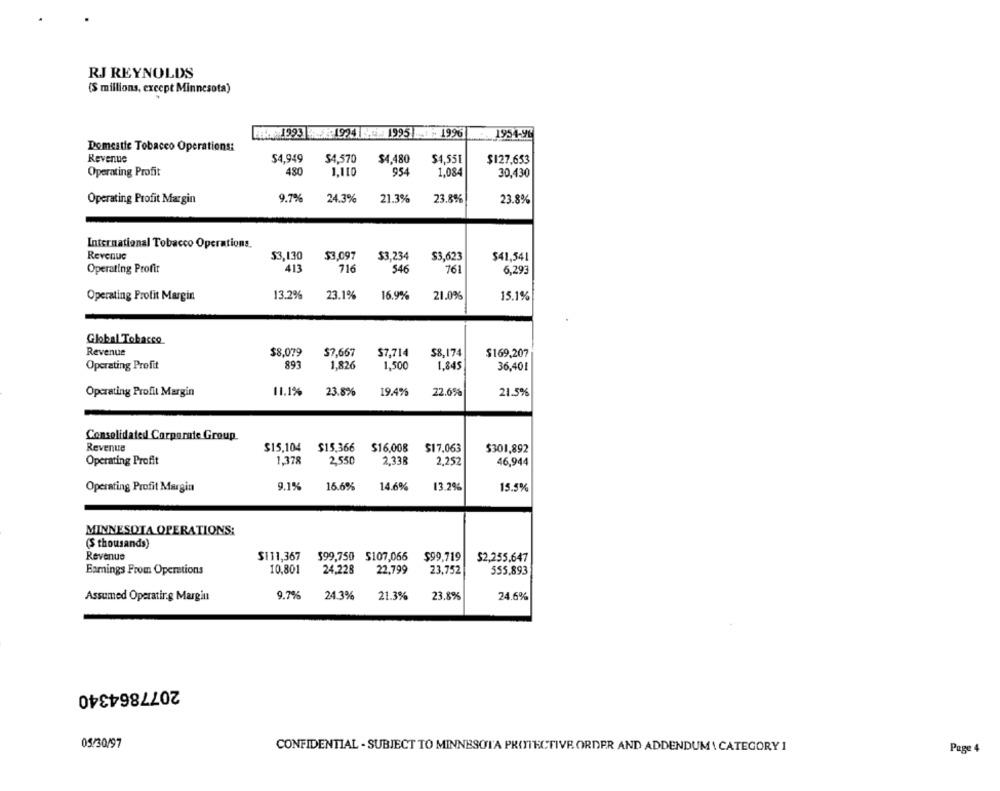
RJ REYNOLDS
(S millions, except Minnesota)
HK.1993 -1994 92. 1995
- 1996
1954-96
Domestic Tobacco Operations:
Revenue
$4,949
54,570
$4,480
$4,551
$127,653
Operating Profit
480
1,110
954
1,084
30,430
9.7%
24.3%
23.8%
Operating Profit Margin
21.3%
23.8%
International Tobacco Operations.
Revenue
$3,130
$3,097
$3,234
$3,623
$41,541
Operating Profit
413
716
546
761
6,293
Operating Profit Margin
13.2%
23.1%
16.9%
21.0%
15.1%
Global Tobacco
Revenue
$8,079
$7,667
$7,714
$8,174
$169,207
893
1,826
1,500
Operating Profit
1.845
36,401
Operating Profit Margin
11.1%
23.8%
19.4%
22.6%
21.5%
Consolidated Corporate Group
Revenue
$15,104 $15.366 $16,008 $17.063
$301,892
1,378
2,550
2.33B
Operating Profit
2.252
46,944
Operating Profit Margin
9.1%
16.6%
14.6%
13.2%
15.5%
MINNESOTA OPERATIONS:
(S thousands)
Revenue
$111,367
599,750 5107,066
$99,719
$2,255,647
Earnings From Operations
10.801
24.228
22.799
23,752
555,893
Assumed Operatir.g Margin
9.7%
24.3%
21.3%
23.8%
24.6%
2077864340
05/30/97
CONFIDENTIAL - SUBJECT TO MINNESOTA PROTECTIVE ORDER AND ADDENDUM \ CATEGORY 1
Page 4